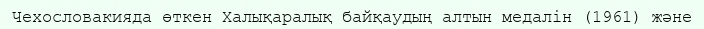
Чехословакияда өткен Халықаралық байқаудың алтын медалін (1961) және